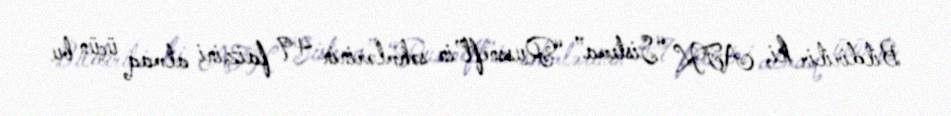
Bildirilir ki, AFK “Sistema” “Russneft”in səhmlərinin 49 faizini almaq üçün bu